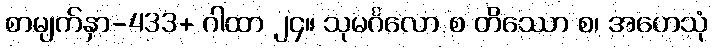
စာမျက်နှာ-433+ ဂါထာ ၂၄။ သုမင်္ဂလော စ တိဿော စ၊ အဟေသုံ